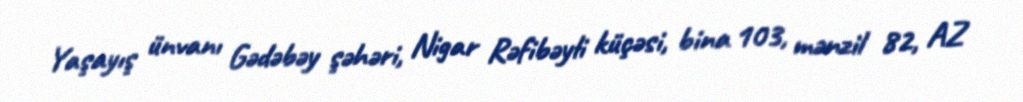
Yaşayış ünvanı Gədəbəy şəhəri, Nigar Rəfibəyli küçəsi, bina 103, mənzil 82, AZ